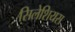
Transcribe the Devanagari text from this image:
सिलेशियस